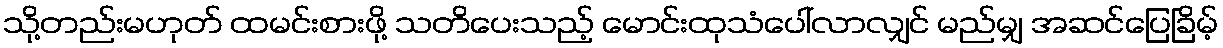
သို့တည်းမဟုတ် ထမင်းစားဖို့ သတိပေးသည့် မောင်းထုသံပေါ်လာလျှင် မည်မျှ အဆင်ပြေခြိမ့်